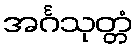
အင်္ဂသုတ္တံ